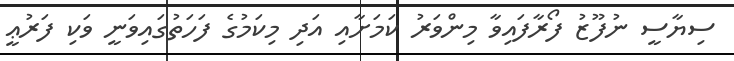
ސިޔާސީ ނުފޫޒު ފޯރާފައިވާ މިންވަރު ކަމަށާއި އަދި މިކަމުގެ ފަހަތުގައިވަނީ ވަކި ފަރުޢީ